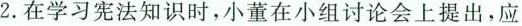
2.在学习宪法知识时，小董在小组讨论会上提出，应